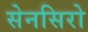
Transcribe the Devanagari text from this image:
सेनसिरो